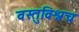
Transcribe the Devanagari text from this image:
वस्तुविश्वच